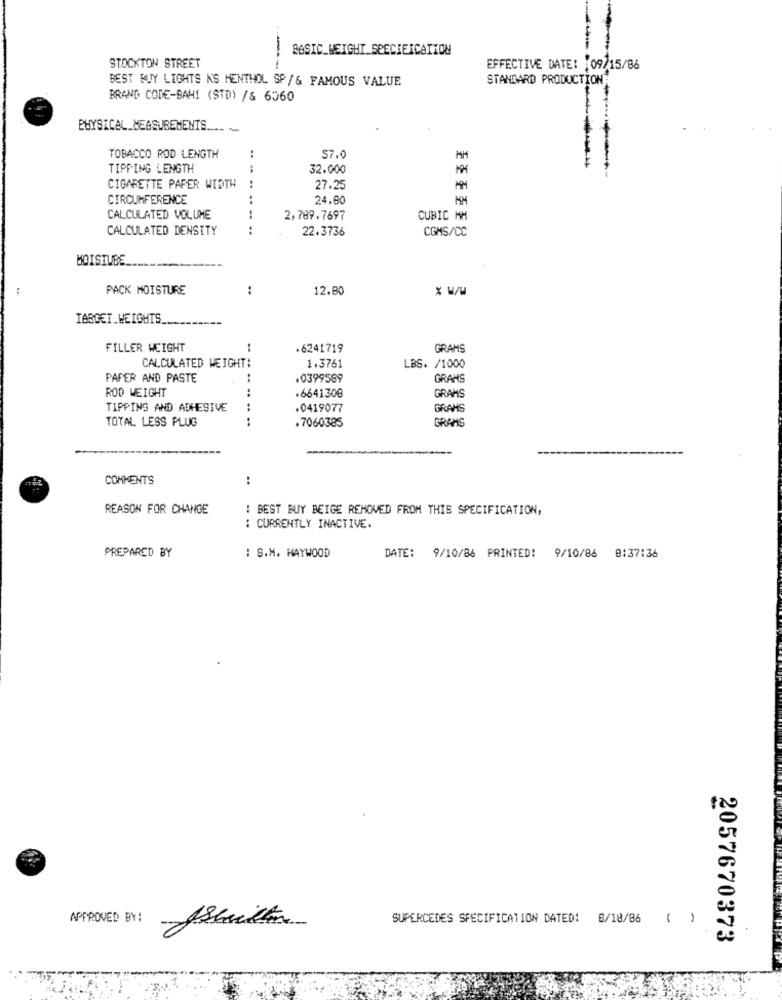
BASIC_WEIGHT SPECIFICATION
---
STOCKTON STREET
EFFECTIVE DATE: 09/15/86
BEST BUY LIGHTS N'S MENTHOL SP/& FAMOUS VALUE
STANDARD PRODUCTION
BRAND CODE-BAH1 (STD) /& 6560
PHYSICAL_MEASUREMENTS ....
TOBACCO ROD LENGTH
..
57.0
MM
TIPPING LENGTH
32.000
CIGARETTE PAPER WIDTH
27.25
CIRCUMFERENCE
24.60
MM
CALCULATED VOLUME
2,789.7697
CUBIC MM
CALCULATED DENSITY
22.3736
CGMS/CC
MOISTUBE
PACK MOISTURE
..
12.80
TARGET_WEIGHTS
FILLER WEIGHT
.6241719
GRAMS
CALCULATED WEIGHT:
1.3761
LBS. /1000
PAPER AND PASTE
.0399589
GRANS
ROD WEIGHT
.6641306
GRAMS
TIPPING AND ADHESIVE
.0419077
GRAMS
TOTAL LESS PLUG
.. ..........
.7060385
GRANG
COMMENTS
:
REASON FOR CHANGE
: BEST BUY BEIGE REMOVED FROM THIS SPECIFICATION,
: CURRENTLY INACTIVE.
PREPARED BY
: S.M. HAYWOOD
DATE: 9/10/86 PRINTED: 9/10/86 8:37:36
APPROVED BY:
SUPERCEDES SPECIFICATION DATED: 8/18/06
2057670373